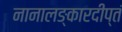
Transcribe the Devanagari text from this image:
नानालङ्कारदीप्तं